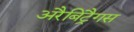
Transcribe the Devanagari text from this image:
अरैबिट्रैगस